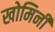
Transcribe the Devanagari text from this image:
खोमिनी